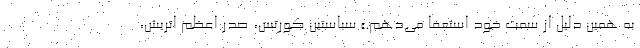
به همین دلیل از سمت خود استعفا می‌دهم.» سباستین کورتس، صدر اعظم اتریش،